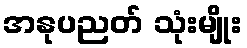
အနုပညတ် သုံးမျိုး